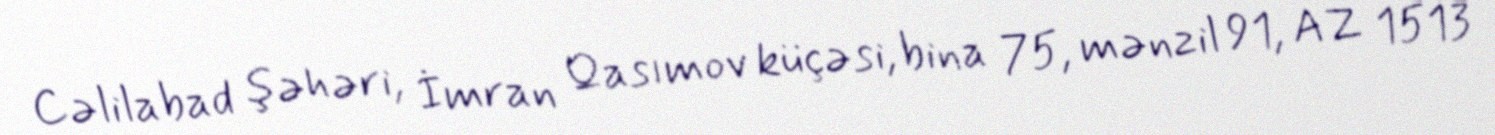
Cəlilabad şəhəri, İmran Qasımov küçəsi, bina 75, mənzil 91, AZ 1513